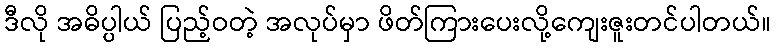
ဒီလို အဓိပ္ပါယ် ပြည့်ဝတဲ့ အလုပ်မှာ ဖိတ်ကြားပေးလို့ကျေးဇူးတင်ပါတယ်။